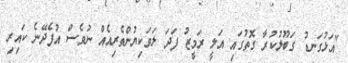
"އަޅުގަނޑު ގަބޫލުކުރާ ގޮތުގައި އަލީ ރަމީޒު ފަދަ ލަވަކިޔުންތެރިއެއް ނުވެސް އުފެދޭނެ ކައިރި